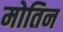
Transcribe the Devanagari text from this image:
मोतिन